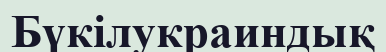
Бүкілукраиндық